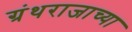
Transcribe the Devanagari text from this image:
ग्रंथराजाच्या